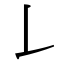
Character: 𠄌